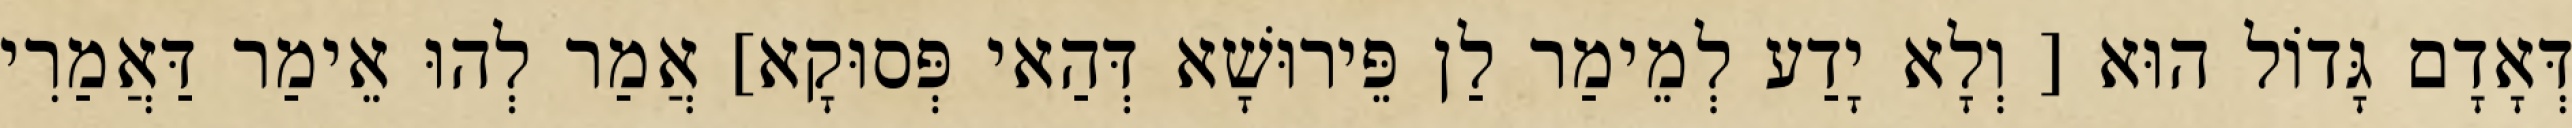
דְּאָדָם גָּדוֹל הוּא [ וְלָא יָדַע לְמֵימַר לַן פֵּירוּשָׁא דְּהַאי פְּסוּקָא] אֲמַר לְהוּ אֵימַר דַּאֲמַרִי